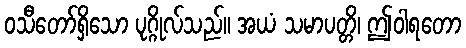
ဝသီတော်ရှိသော ပုဂ္ဂိုလ်သည်။ အယံ သမာပတ္တိ၊ ဤဝါရတော